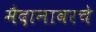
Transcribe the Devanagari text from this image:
मैदानावरचे